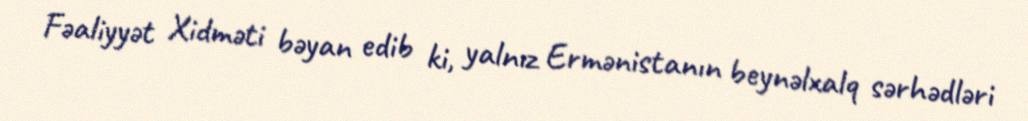
Fəaliyyət Xidməti bəyan edib ki, yalnız Ermənistanın beynəlxalq sərhədləri